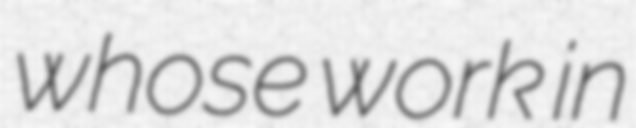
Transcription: whose work in